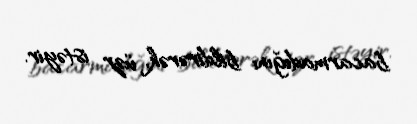
bacarmadığını bildirərək, üzr istəyir.